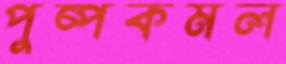
পুষ্পকমল